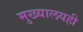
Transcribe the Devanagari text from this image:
मुख्यालयही